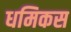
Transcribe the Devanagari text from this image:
धमिकस